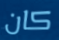
كان